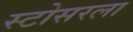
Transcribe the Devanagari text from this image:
स्टोसरला